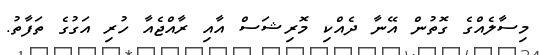
މިސާލެއްގެ ގޮތުން އޭނާ ދެއްކި މޮރިޝަސް އާއި ރާއްޖެއާ ހުރި އަގުގެ ތަފާތު.